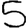
Digit: 5